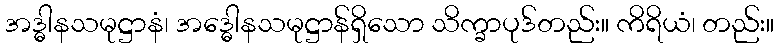
အဒ္ဓါနသမုဋ္ဌာနံ၊ အဒ္ဓေါနသမုဋ္ဌာန်ရှိသော သိက္ခာပုဒ်တည်း။ ကိရိယံ၊ တည်း။